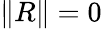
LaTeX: \| R\| =0